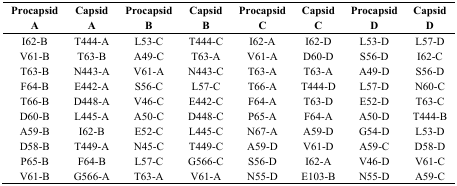
| ProcapsidA | CapsidA | ProcapsidB | CapsidB | ProcapsidC | CapsidC | ProcapsidD | CapsidD |
 | --- | --- | --- | --- | --- | --- | --- | --- |
 | I62-B | T444-A | L53-C | T444-C | I62-A | I62-D | L53-D | L57-D |
 | V61-B | T63-B | A49-C | T63-A | V61-A | D60-D | S56-D | I62-C |
 | T63-B | N443-A | V61-A | N443-C | T63-A | T63-A | A49-D | S56-D |
 | F64-B | E442-A | S56-C | L57-C | T66-A | T444-D | L57-D | N60-C |
 | T66-B | D448-A | V46-C | E442-C | F64-A | T63-D | E52-D | T63-C |
 | D60-B | L445-A | A50-C | D448-C | P65-A | F64-A | A50-D | T444-B |
 | A59-B | I62-B | E52-C | L445-C | N67-A | A59-D | G54-D | L53-D |
 | D58-B | T449-A | N45-C | T449-C | A59-D | V61-D | A59-C | D58-D |
 | P65-B | F64-B | L57-C | G566-C | S56-D | I62-A | V46-D | V61-C |
 | V61-B | G566-A | T63-A | V61-A | N55-D | E103-B | N55-D | A59-C |